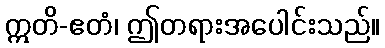
ဣတိ-ဧတံ၊ ဤတရားအပေါင်းသည်။